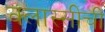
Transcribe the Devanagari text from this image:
क्लास्सीची